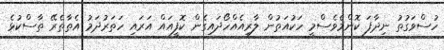
ހުސްވަގުތު ނިދާފަ ކޮންމެވެސްމީ ހަކުއަތުން ލާރިއެއްހޯދައިގެން ކޮފީއައް އަރައި ހަތަރުދަމު އެތާތެރޭ ތާސްކުޅެ